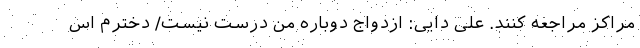
مراکز مراجعه کنند. علی دایی: ازدواج دوباره من درست نیست/ دخترم اس